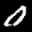
Label: 0